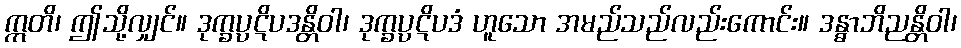
ဣတိ၊ ဤသို့လျှင်။ ဒုက္ခပ္ပဋိပဒန္တိဝါ၊ ဒုက္ခပ္ပဋိပဒံ ဟူသော အမည်သည်လည်းကောင်း။ ဒန္ဓာဘိညန္တိဝါ၊